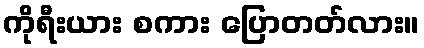
ကိုရီးယား စကား ပြောတတ်လား။